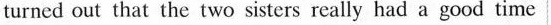
turned out that the two sisters really had a good time